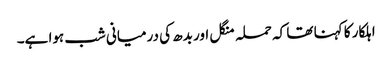
اہلکار کا کہنا تھا کہ حملہ منگل اور بدھ کی درمیانی شب ہوا ہے۔